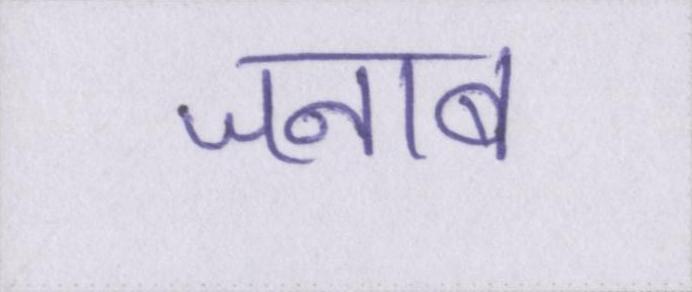
जनाब